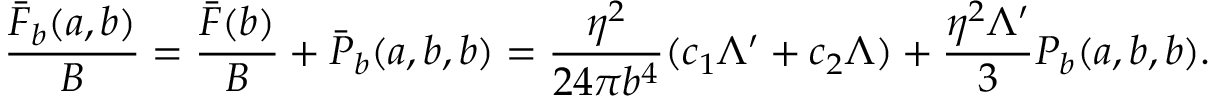
\frac { \bar { F } _ { b } ( a , b ) } { B } = \frac { \bar { F } ( b ) } { B } + \bar { P } _ { b } ( a , b , b ) = \frac { \eta ^ { 2 } } { 2 4 \pi b ^ { 4 } } ( c _ { 1 } \Lambda ^ { \prime } + c _ { 2 } \Lambda ) + \frac { \eta ^ { 2 } \Lambda ^ { \prime } } { 3 } P _ { b } ( a , b , b ) .